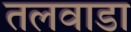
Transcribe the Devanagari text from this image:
तलवाडा